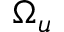
\Omega _ { u }